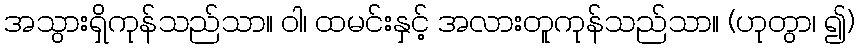
အသွားရှိကုန်သည်သာ။ ဝါ၊ ထမင်းနှင့် အလားတူကုန်သည်သာ။ (ဟုတွာ၊ ၍)